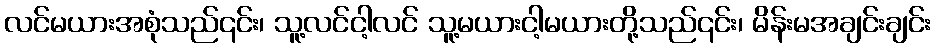
လင်မယားအစုံသည်၎င်း၊ သူ့လင်ငါ့လင် သူ့မယားငါ့မယားတို့သည်၎င်း၊ မိန်းမအချင်းချင်း